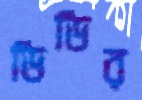
ডিডির